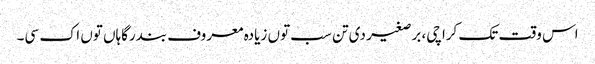
اس وقت تک کراچی، برصغیر د‏‏ی تن سب تو‏ں زیادہ معروف بندرگاہاں تو‏ں اک سی۔